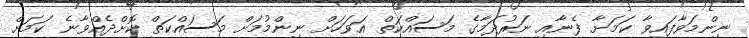
ނިންމަވާފައިވާ ކަމަށާ ފެނާއި ނަރުދަމާގެ މަސައްކަތް އަވަހަށް ނިންމުމަށް މަސައްކަތް ކޮށްދެއްވާނެ ކަމަށް